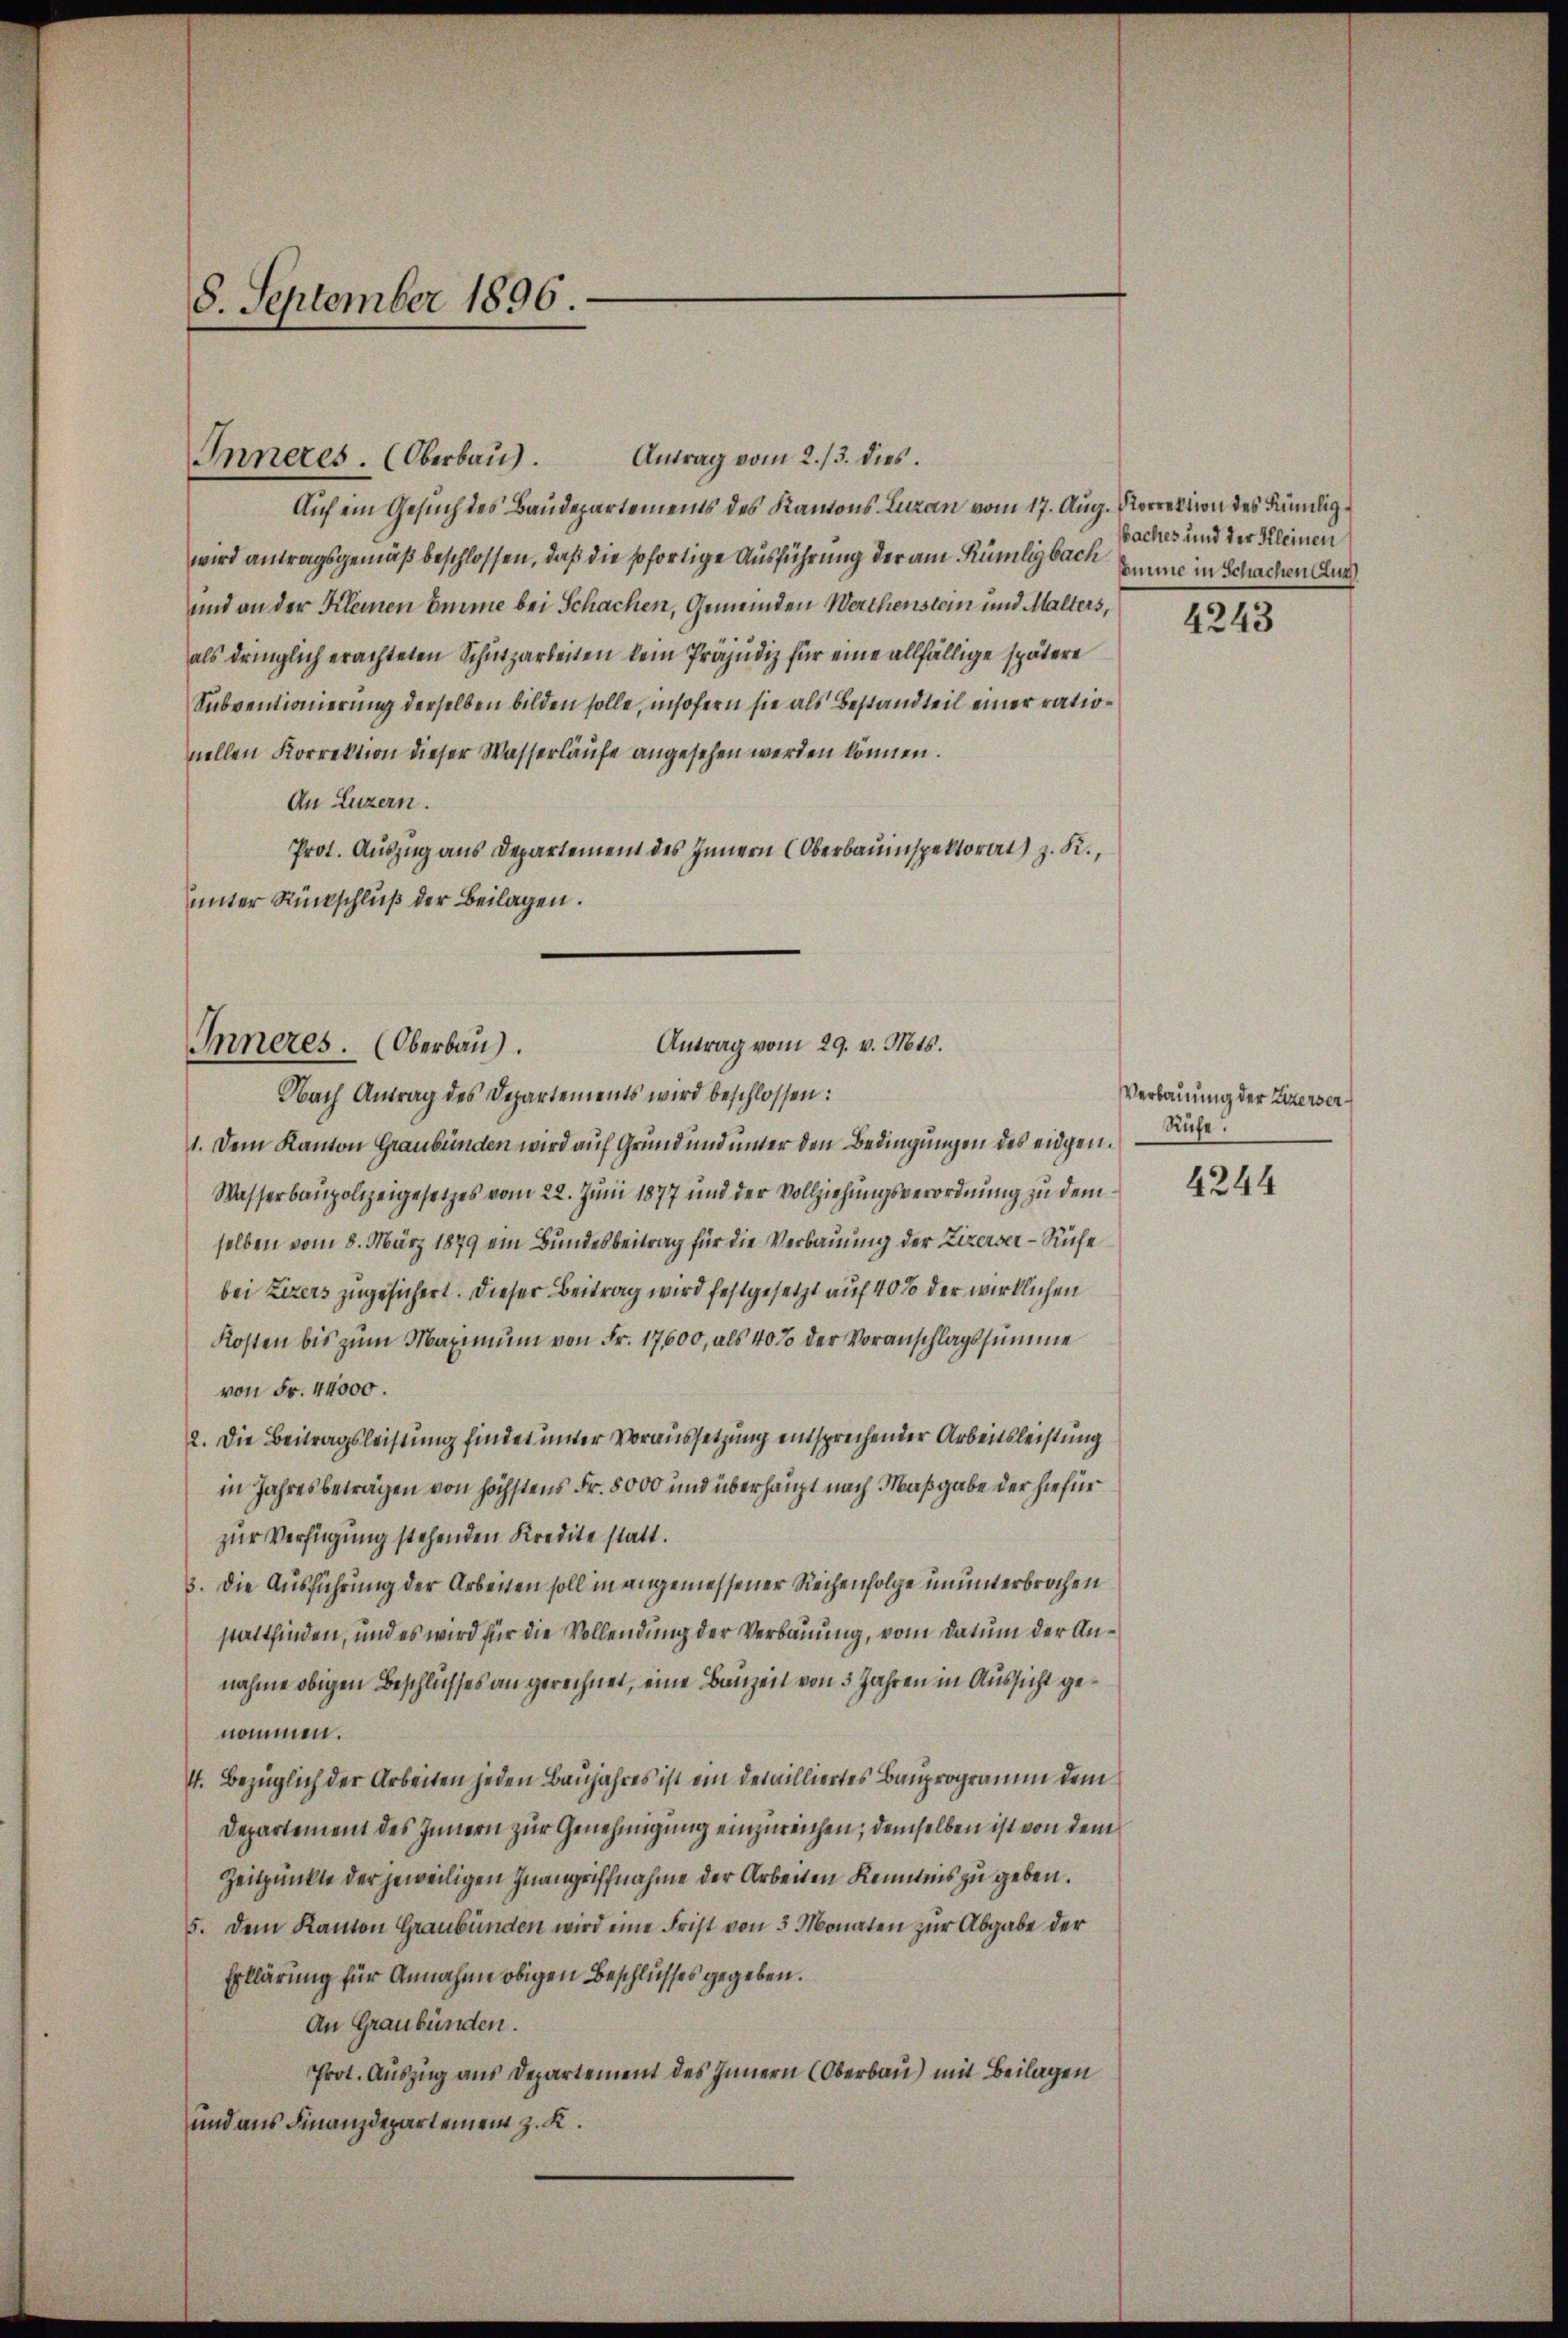
8. September 1896.

Inneres. (Oberbau

Antrag vom 29. v. Mts.
Inneres. (Oberbau).

Antrag vom 2./3. dies
Auf ein Gesuch des Baudepartements des Kantons-Luzan vom 17. Aug. Vorrektion des Sännligwird antragsgemäß beschlossen, daß die sofortige Ausführung der am Rümligbach Amme in Schachen Aus
und an der Kleinen Emme bei Schachen, Gemeinden Werthenstein und Malters,
als dringlich erachteten Schutzarkeiten kein Präjudiz für eine allfällige spätere
Subventionierung derselben bilden solle, insofern sie als Bestandteil einer rationellen Korrektion dieser Wasserläufe angesehen werden können.
An Luzern.
Prot. Auszug aus Departement des Innern (Oberbauinspektorat) z. K.,
unter Rückschluß der Beilagen.

baches und der Kleinen

Nach Antrag des Departements wird beschlossen:
1. Dem Kanton Graubünden wird auf Grund und unter den Bedingungen des eidgen.
Wasserbaupolizeigesetzes vom 22. Juni 1877 und der Vollziehungsverordnung zu dem
selben vom 8. März 1879 ein Bundesbeitrag für die Verbauung der Zizerver Ruhe
bei Zizers zugesichert. Dieser Beitrag wird festgesetzt auf 40% der wirklichen
Kosten bis zum Maximum von Fr. 17600, als 40% der Voranschlagssumme
von Fr. 44000.
2. Die Beitragsleistung findet unter Voraussetzung entsprechender Arbeitsleistung
in Jahresbeträgen von höchstens Fr. 8000 und überhaupt nach Maßgabe der hiefür
zur Verfügung stehenden Kredite statt.
3. Die Ausführung der Arbeiten soll in angemessener Reihenfolge ununterbrochen
stattfinden, und es wird für die Vollendung der Verbauung, vom Datum der Annahme obigen Beschlusses an gerechnet, eine Bauzen von 3 Jahren in Aussicht genommen.
4. Bezüglich der Arbeiten jeden Baujahres ist ein detailliertes Bauprogramm dem
Departement des Innern zur Genehmigung einzureichen; demselben ist von dem
Zeitpunkte der jeweiligen Inangriffnahme der Arbeiten Kenntnis zu geben.
5. Dem Kanton Graubünden wird eine Frist von 3 Monaten zur Abgabe der
Erklärung für Annahme obigen Beschlusses gegeben.
An Graubünden.
Prot. Auszug aus Departement des Innern (Oberbau) mit Beilagen
und aus Finanzdepartement z. K.

4243

Verbauung der Zizerver¬
Ruhe.

4244